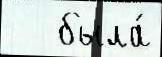
   была́